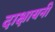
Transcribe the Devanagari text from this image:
दाक्षायनी